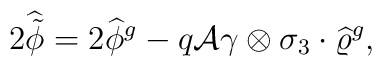
2\widehat{\tilde{\phi}}=2\widehat{\phi}{}^g-q{\cal A}\gamma\otimes\sigma_3\cdot\widehat{\varrho}{}^g,